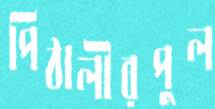
পিঠালীরপুল